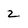
Character: 2